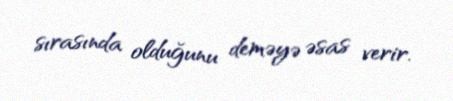
sırasında olduğunu deməyə əsas verir.